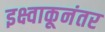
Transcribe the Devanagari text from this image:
इक्ष्वाकूनंतर